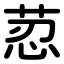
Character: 荵